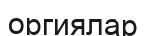
оргиялар